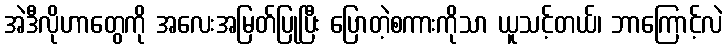
အဲဒီလိုဟာတွေကို အလေးအမြတ်ပြုပြီး ပြောတဲ့စကားကိုသာ ယူသင့်တယ်၊ ဘာကြောင့်လဲ